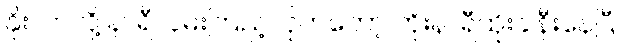
နိုးလာလို့ နာရီလှမ်းကြည့်လိုက်တော့ ကိုးနာရီထိုးခါနီးနေပြီ။